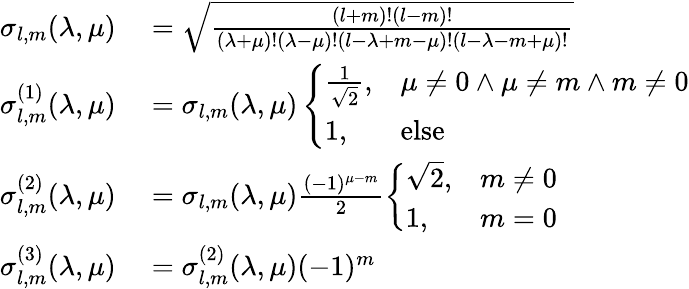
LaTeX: \begin{array}{rl}{\sigma_{l,m}(\lambda,\mu)}&{{}=\sqrt{\frac{(l+m)!(l-m)!}{(\lambda+\mu)!(\lambda-\mu)!(l-\lambda+m-\mu)!(l-\lambda-m+\mu)!}}}\\ {\sigma_{l,m}^{(1)}(\lambda,\mu)}&{{}=\sigma_{l,m}(\lambda,\mu)\left\{ \begin{array}{ll}{\frac{1}{\sqrt{2}},}&{\mu\neq 0\land\mu\neq m\land m\neq 0}\\ {1,}&{\textup{else}}\end{array}\right.}\\ {\sigma_{l,m}^{(2)}(\lambda,\mu)}&{{}=\sigma_{l,m}(\lambda,\mu)\frac{(-1)^{\mu-m}}{2}\left\{ \begin{array}{ll}{\sqrt{2},}&{m\neq 0}\\ {1,}&{m=0}\end{array}\right.}\\ {\sigma_{l,m}^{(3)}(\lambda,\mu)}&{{}=\sigma_{l,m}^{(2)}(\lambda,\mu)(-1)^{m}}\end{array}